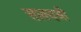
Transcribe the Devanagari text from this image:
साक्यश्री